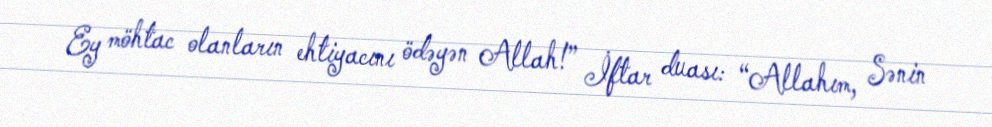
Ey möhtac olanların ehtiyacını ödəyən Allah!” İftar duası: “Allahım, Sənin